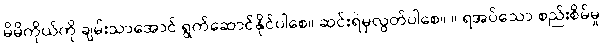
မိမိကိုယ်ကို ချမ်းသာအောင် ရွက်ဆောင်နိုင်ပါစေ။ ဆင်းရဲမှလွတ်ပါစေ။ ။ ရအပ်သော စည်းစိမ်မှု